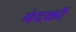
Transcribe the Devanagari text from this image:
मंदकों